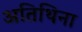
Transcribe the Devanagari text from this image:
अतिथिना